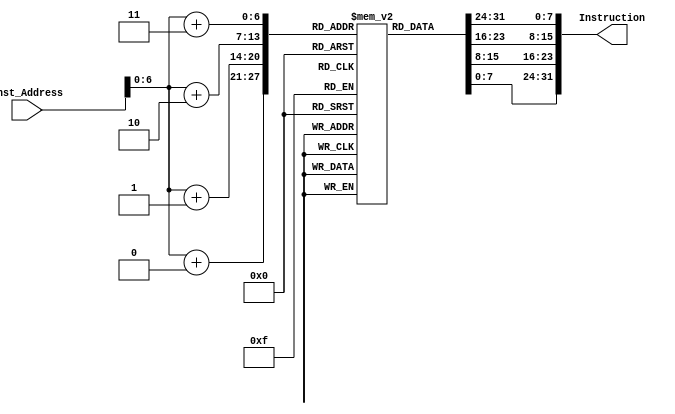
`timescale 1ns / 1ps

module Instruction_Memory
(
input [63:0] Inst_Address,
output reg [31:0] Instruction
);
reg [7:0] inst_mem [87:0];
initial
begin
{inst_mem[3], inst_mem[2], inst_mem[1], inst_mem[0]} = 32'h00000913;//1
      {inst_mem[7], inst_mem[6], inst_mem[5], inst_mem[4]} = 32'h00000433;//2
      {inst_mem[11], inst_mem[10], inst_mem[9], inst_mem[8]} = 32'h04b40863;//3
      {inst_mem[15], inst_mem[14], inst_mem[13], inst_mem[12]} = 32'h00800eb3;//4
      {inst_mem[19], inst_mem[18], inst_mem[17], inst_mem[16]} = 32'h000409b3;//5	
      {inst_mem[23], inst_mem[22], inst_mem[21], inst_mem[20]} = 32'h013989b3;//6
      {inst_mem[27], inst_mem[26], inst_mem[25], inst_mem[24]} = 32'h013989b3;//7
      {inst_mem[31], inst_mem[30], inst_mem[29], inst_mem[28]} = 32'h013989b3;//8
      {inst_mem[35], inst_mem[34], inst_mem[33], inst_mem[32]} = 32'h02be8663;//9
      {inst_mem[39], inst_mem[38], inst_mem[37], inst_mem[36]} = 32'h001e8e93;//10	
      {inst_mem[43], inst_mem[42], inst_mem[41], inst_mem[40]} = 32'h00898993;//11
      {inst_mem[47], inst_mem[46], inst_mem[45], inst_mem[44]} = 32'h00093d03;//12
      {inst_mem[51], inst_mem[50], inst_mem[49], inst_mem[48]} = 32'h0009bd83;//13
      {inst_mem[55], inst_mem[54], inst_mem[53], inst_mem[52]} = 32'h01bd4463;//14
      {inst_mem[59], inst_mem[58], inst_mem[57], inst_mem[56]} = 32'hfe0004e3;//15
      {inst_mem[63], inst_mem[62], inst_mem[61], inst_mem[60]} = 32'h01a002b3;//16
      {inst_mem[67], inst_mem[66], inst_mem[65], inst_mem[64]} = 32'h01b93023;//17
      {inst_mem[71], inst_mem[70], inst_mem[69], inst_mem[68]} = 32'h0059b023;//18
      {inst_mem[75], inst_mem[74], inst_mem[73], inst_mem[72]} = 32'hfc000ce3;//19
      {inst_mem[79], inst_mem[78], inst_mem[77], inst_mem[76]} = 32'h00140413;//20
      {inst_mem[83], inst_mem[82], inst_mem[81], inst_mem[80]} = 32'h00890913;//21
      {inst_mem[87], inst_mem[86], inst_mem[85], inst_mem[84]} = 32'hfa000ae3;//22
end
always @(Inst_Address)
begin
Instruction[7:0] = inst_mem[Inst_Address+0];
      Instruction[15:8] = inst_mem[Inst_Address+1];
      Instruction[23:16] = inst_mem[Inst_Address+2];
      Instruction[31:24] = inst_mem[Inst_Address+3];
end
endmodule